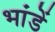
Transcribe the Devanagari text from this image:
भांडें